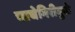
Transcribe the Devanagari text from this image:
चाचेगिरीमुळे